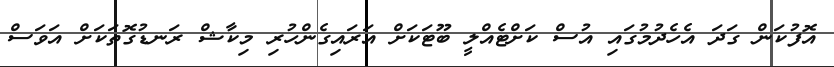
އޮފުކަން ގަދަ އެހެދުމުގައި އުސް ކަށްޓެއްލީ ބޫޓަކަށް އަރައިގެންހުރި މިކާޝް ރަނޑުގޮތަކަށް އަވަސް